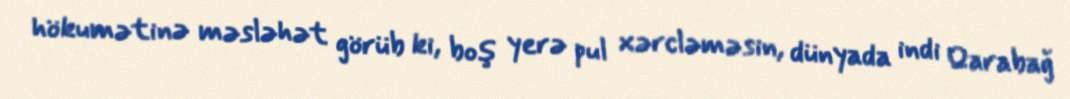
hökumətinə məsləhət görüb ki, boş yerə pul xərcləməsin, dünyada indi Qarabağ